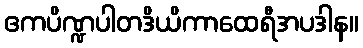
ဧကပိဏ္ဍပါတဒိယိကာထေရီအပဒါန။